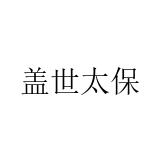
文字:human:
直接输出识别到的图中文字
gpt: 盖世太保